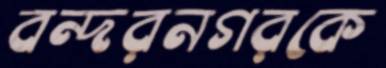
বন্দরনগরকে